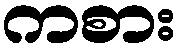
ကစား